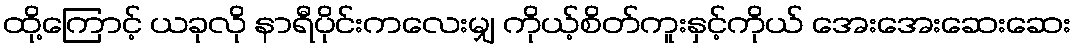
ထို့ကြောင့် ယခုလို နာရီပိုင်းကလေးမျှ ကိုယ့်စိတ်ကူးနှင့်ကိုယ် အေးအေးဆေးဆေး